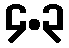
၄.၃